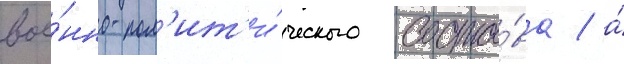
вое́нно-пол'ит'и́ческого соста́ва / а́